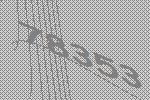
78353